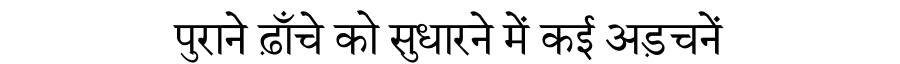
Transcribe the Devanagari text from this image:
पुराने ढ़ाँचे को सुधारने में कई अड़चनें